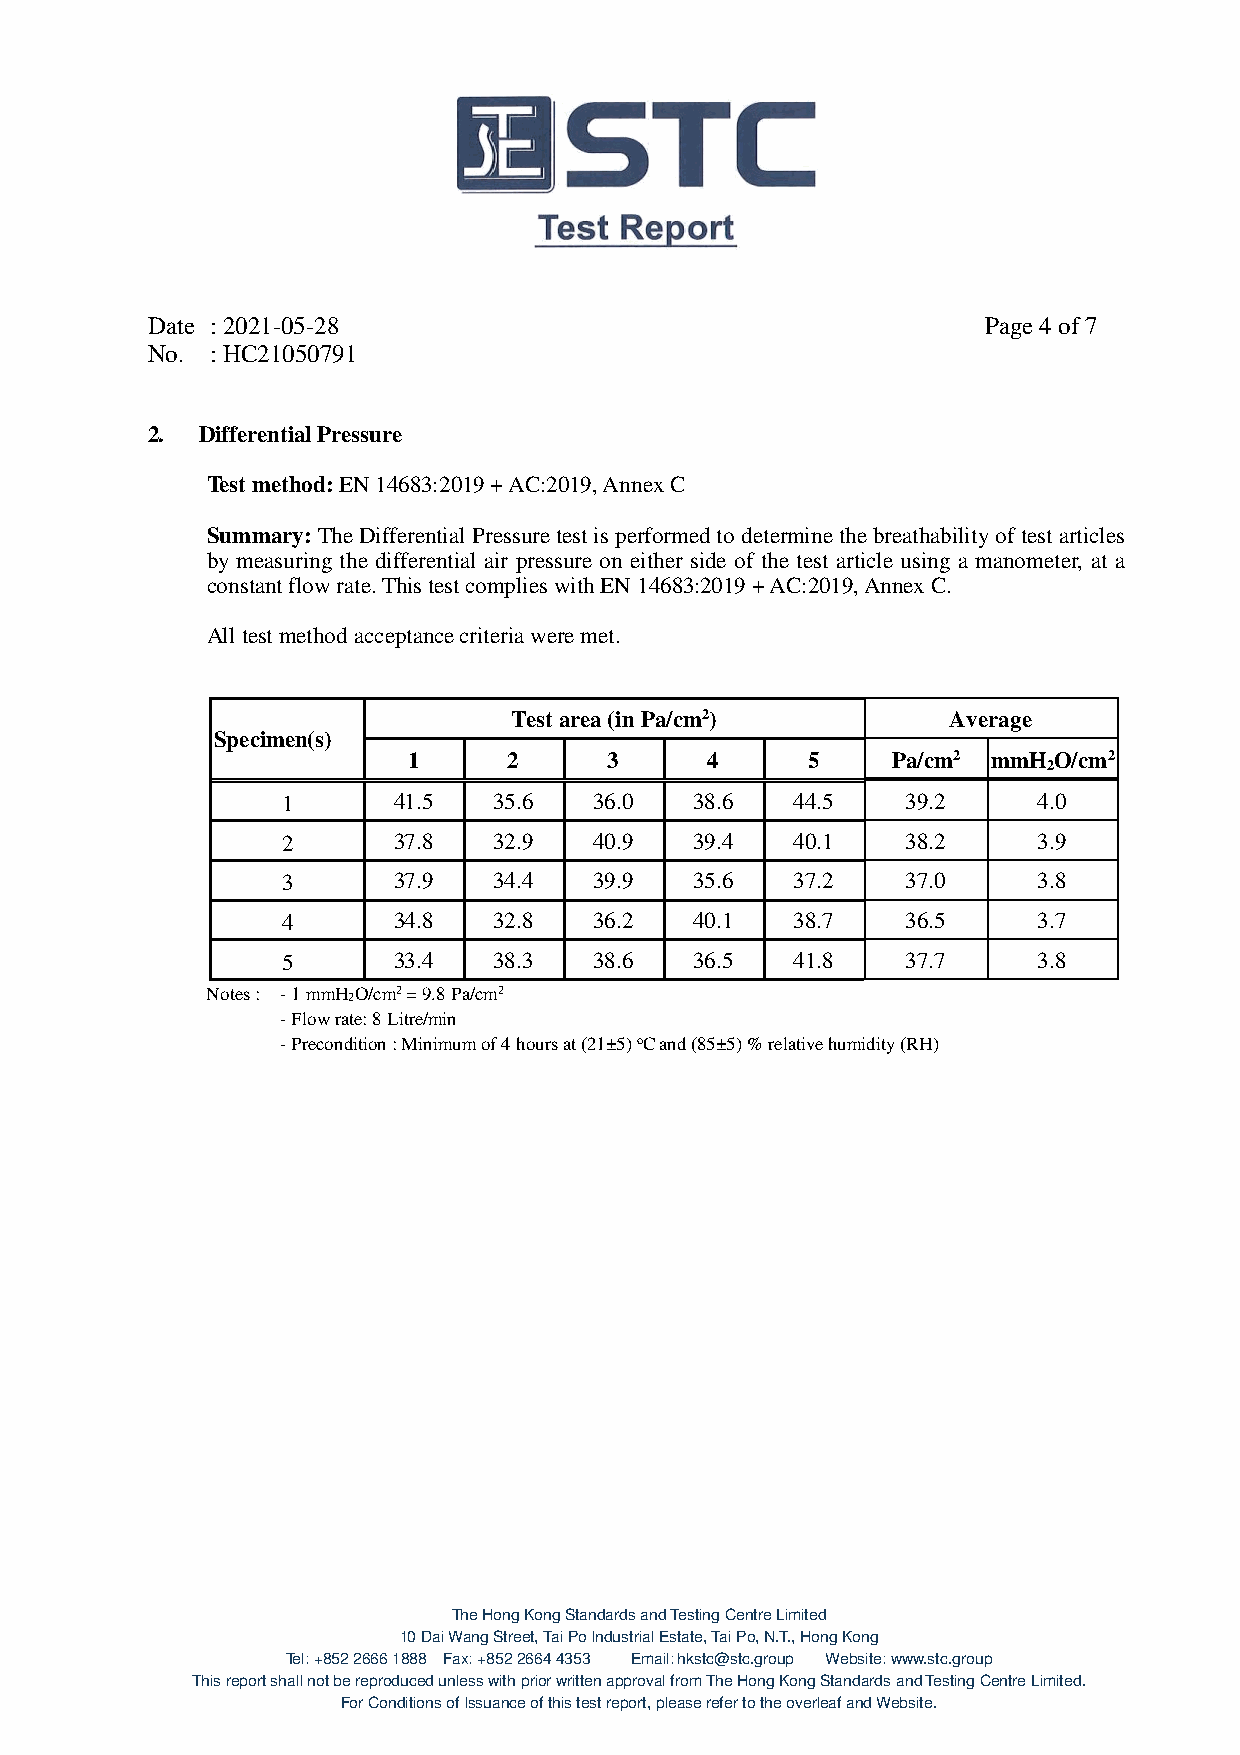
Date : 2021-05-28                                      Page 4 of 7
 No. : HC21050791
 2. Differential Pressure
 Test method: EN 14683:2019 + AC:2019, Annex C
 Summary: The Differential Pressure test is performed to determine the breathability of test articles
 by measuring the differential air pressure on either side of the test article using a manometer, at a
 constant flow rate. This test complies with EN 14683:2019 + AC:2019, Annex C.
 All test method acceptance criteria were met.
 Test area (in Pa/cm2)        Average
 Specimen(s)
 1      2     3      4      5    Pa/cm2 mmH O/cm2
 2
 1      41.5   35.6  36.0   38.6   44.5   39.2     4.0
 2      37.8   32.9  40.9   39.4   40.1   38.2     3.9
 3      37.9   34.4  39.9   35.6   37.2   37.0     3.8
 4      34.8   32.8  36.2   40.1   38.7   36.5     3.7
 5      33.4   38.3  38.6   36.5   41.8   37.7     3.8
 Notes : - 1 mmH2O/cm2 = 9.8 Pa/cm2
 - Flow rate: 8 Litre/min
 - Precondition : Minimum of 4 hours at (21±5) oC and (85±5) % relative humidity (RH)
 The Hong Kong Standards and Testing Centre Limited
 10 Dai Wang Street, Tai Po Industrial Estate, Tai Po, N.T., Hong Kong
 Tel: +852 2666 1888 Fax: +852 2664 4353 Email: hkstc@stc.group Website: www.stc.group
 This report shall not be reproduced unless with prior written approval from The Hong Kong Standards and Testing Centre Limited.
 For Conditions of Issuance of this test report, please refer to the overleaf and Website.